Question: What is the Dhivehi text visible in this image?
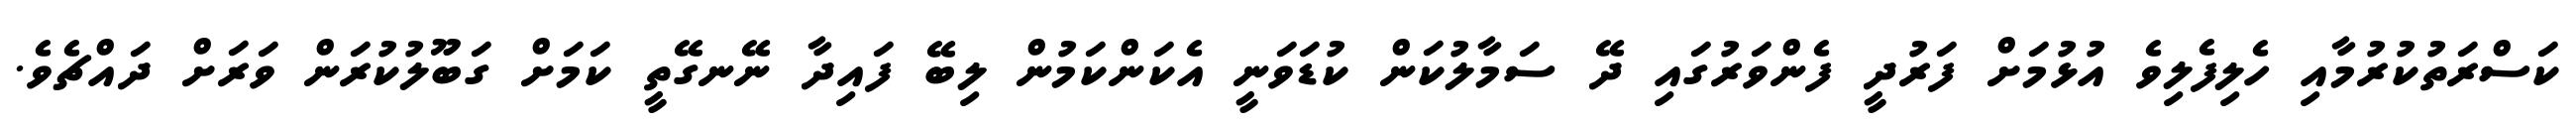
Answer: ކަސްރަތުކުރުމާއި ހެލިފެލިވެ އުޅުމަށް ފަރުދީ ފެންވަރުގައި ދޭ ސަމާލުކަން ކުޑަވަނީ އެކަންކަމުން ލިބޭ ފައިދާ ނޭނގޭތީ ކަމަށް ގަބޫލުކުރަން ވަރަށް ދައްޗެވެ.